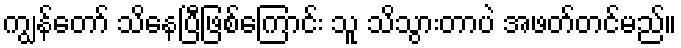
ကျွန်တော် သိနေပြီဖြစ်ကြောင်း သူ သိသွားတာပဲ အဖတ်တင်မည်။